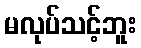
မလုပ်သင့်ဘူး